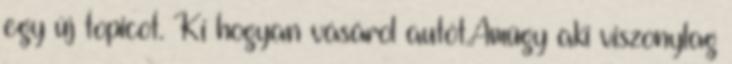
egy új topicot. Ki hogyan vásárol autót.Amúgy aki viszonylag